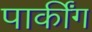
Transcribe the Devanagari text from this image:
पार्कींग